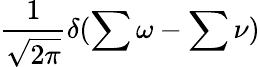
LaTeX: \frac{1}{\sqrt{2\pi}}\delta(\sum\omega-\sum\nu)